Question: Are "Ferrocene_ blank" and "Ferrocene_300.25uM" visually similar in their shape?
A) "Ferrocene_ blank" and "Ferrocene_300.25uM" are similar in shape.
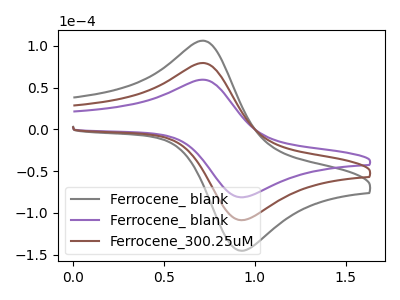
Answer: <think>The gray curve "Ferrocene_ blank" has an anodic peak at (0.70V, 158.75uA) and a cathodic peak at (0.95V, -217.25uA). The purple curve "Ferrocene_ blank" has an anodic peak at (0.70V, 59.40uA) and a cathodic peak at (0.95V, -81.30uA). The brown curve "Ferrocene_300.25uM" has an anodic peak at (0.70V, 79.35uA) and a cathodic peak at (0.95V, -108.65uA).
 All the peaks in "Ferrocene_ blank" have a peak in "Ferrocene_300.25uM" at the same potential. Every peak in "Ferrocene_ blank" is lower than every peak in "Ferrocene_300.25uM".</think>
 <answer>A) "Ferrocene_ blank" and "Ferrocene_300.25uM" are similar in shape.</answer>
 <eval>A</eval>